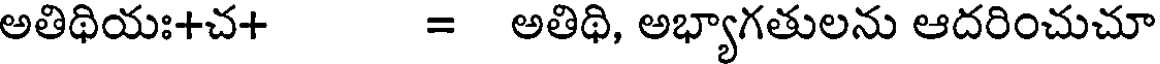
అతిథియః+చ+ = అతిథి, అభ్యాగతులను ఆదరించుచూ